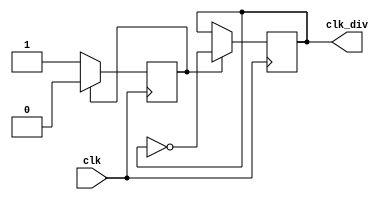
module clock_4divider(
    input clk,
    output reg clk_div
    );
    reg counter;
    initial counter = 0;
    initial clk_div = 0;
    
    
    always @(posedge clk) begin
        if(counter) begin
            counter <= 0;
            clk_div <= ~clk_div;
        end
        else
            counter <= 1;
    end
    
    
endmodule